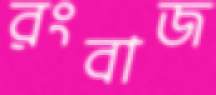
রংবাজ